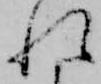
れ